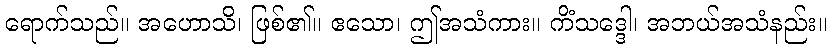
ရောက်သည်။ အဟောသိ၊ ဖြစ်၏။ ဧသော၊ ဤအသံကား။ ကိံသဒ္ဒေါ၊ အဘယ်အသံနည်း။